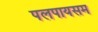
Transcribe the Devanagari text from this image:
पलपायसम